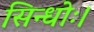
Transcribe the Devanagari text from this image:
सिन्धोः।